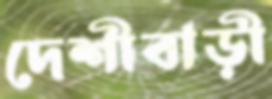
দেশীবাড়ী